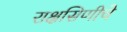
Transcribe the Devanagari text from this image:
राक्षसिणीचे